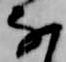
な